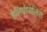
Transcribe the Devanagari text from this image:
हेलियोपोलिस